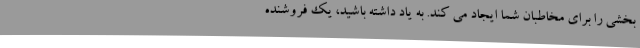
بخشی را برای مخاطبان شما ایجاد می کند. به یاد داشته باشید، یک فروشنده